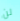
لن